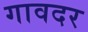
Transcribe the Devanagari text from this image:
गावदर